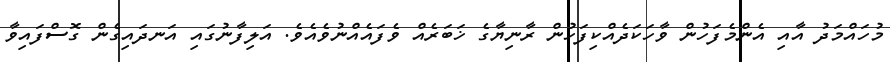
މުހައްމަދު އާއި އެންމެފަހުން ވާހަކަދެއްކިފަހުން ރާނިޔާގެ ޚަބަރެއް ވެފައެއްނުވެއެވެ. އަލިފާނުގައި އަނދައިގެން ގޮސްފައިވާ